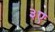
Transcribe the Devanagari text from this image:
३ए